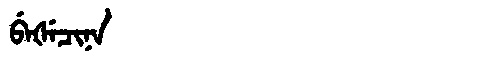
Manchu: ᠪᡝᡧᡝᠴᡳᠨᠠ
Romanization: BEŠECINA